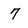
Character: 7